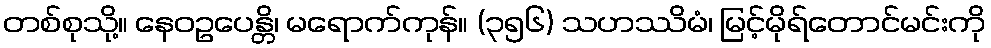
တစ်စုသို့။ နေဝဥပေန္တိ၊ မရောက်ကုန်။ (၃၅၆) သဟဿိမံ၊ မြင့်မိုရ်တောင်မင်းကို